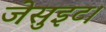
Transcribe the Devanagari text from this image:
जेसुइट।